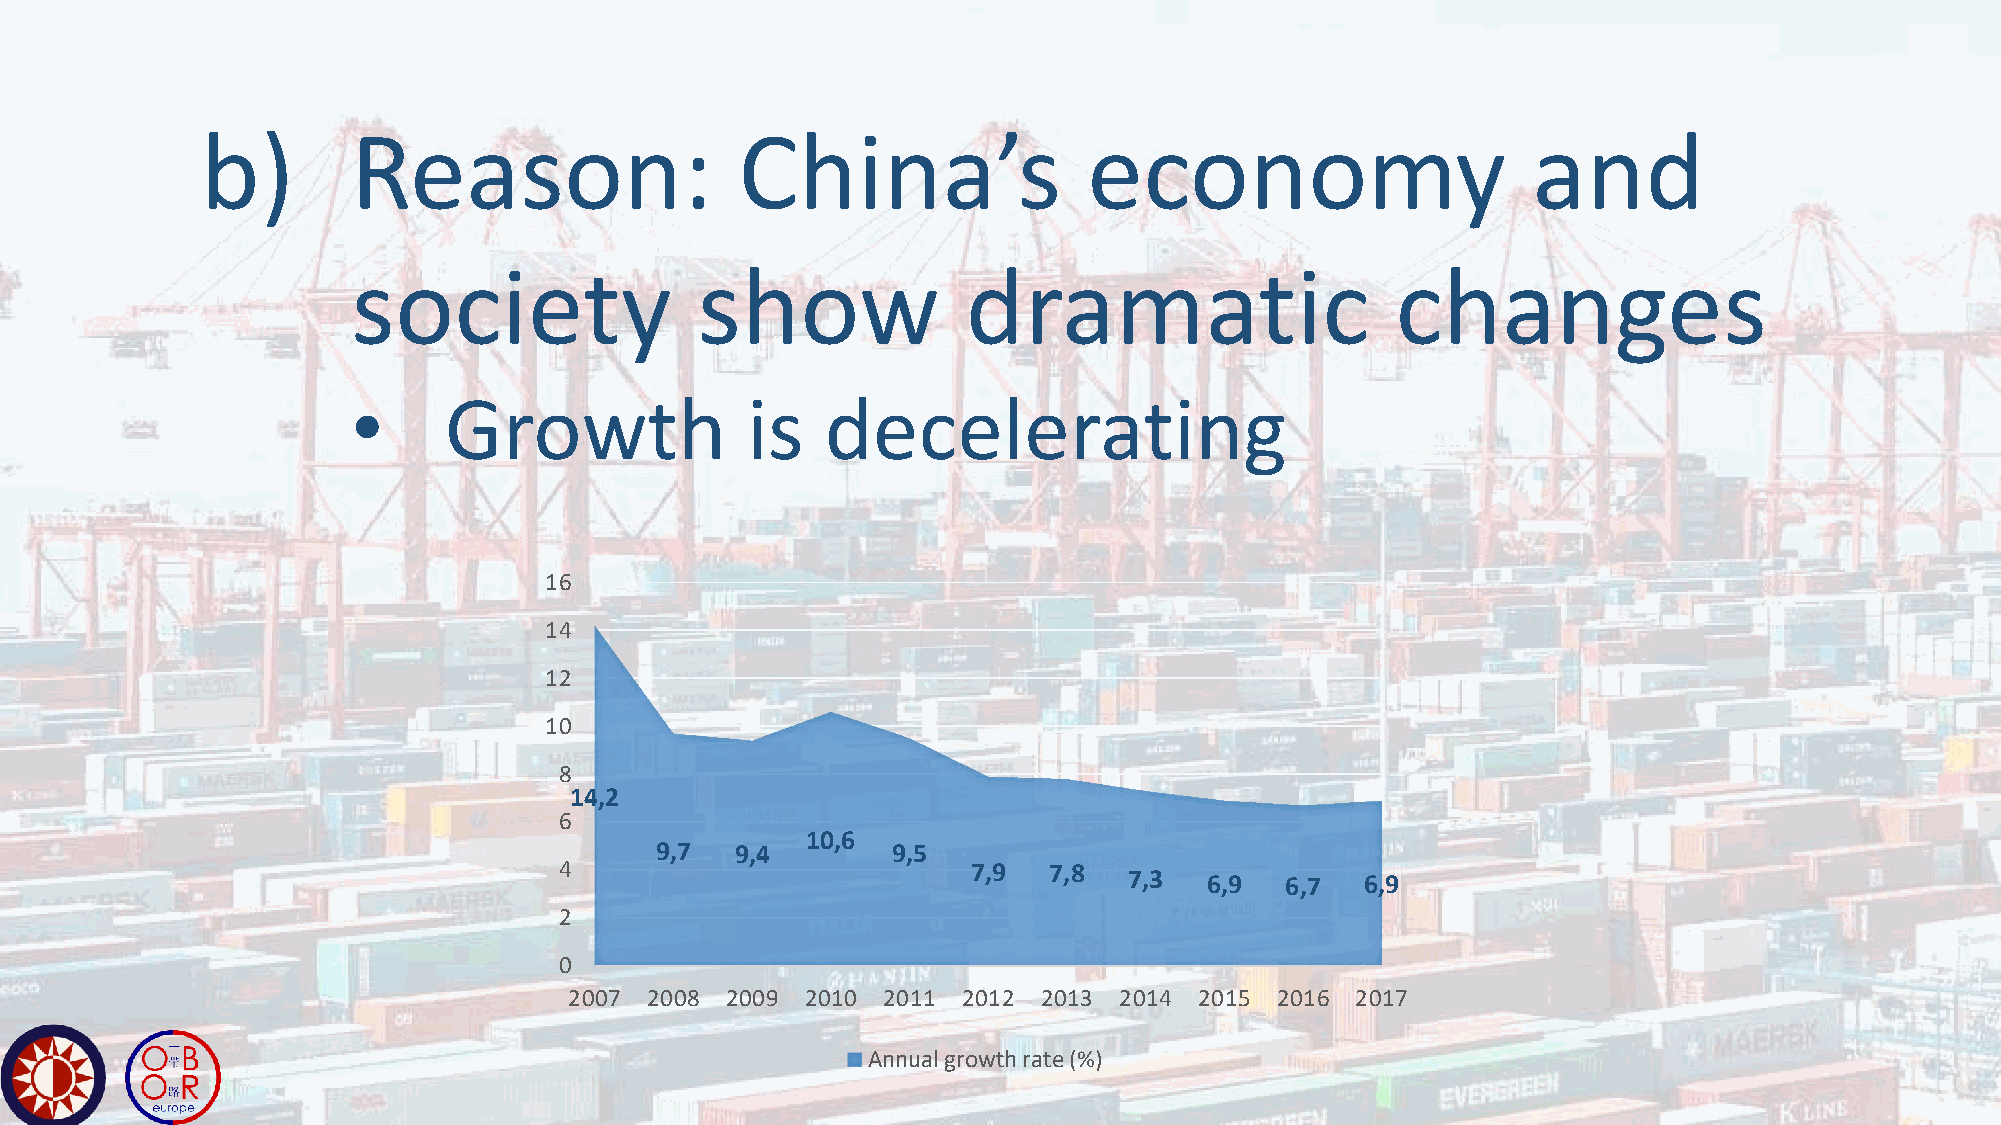
b)        Reason:                   China’s                economy                      and
 society                show              dramatic                    changes
 •     Growth              is    decelerating
 16
 14
 12
 10
 8
 14,2
 6
 10,6
 9,7   9,4       9,5
 4                          7,9  7,8   7,3  6,9  6,7  6,9
 2
 0
 2007 2008 2009 2010 2011  2012 2013 2014 2015 2016  2017
 Annual growth rate (%)